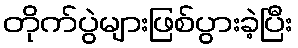
တိုက်ပွဲများဖြစ်ပွားခဲ့ပြီး